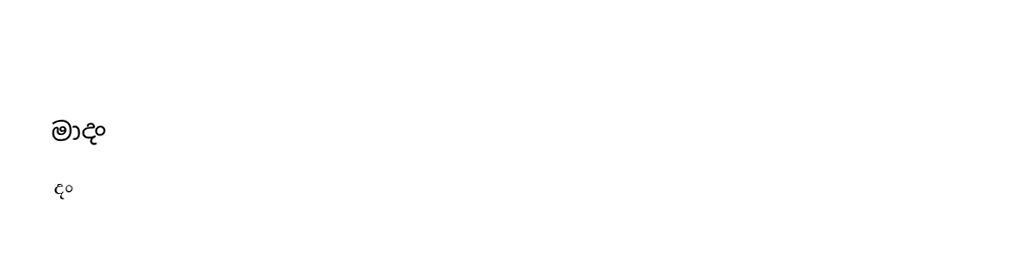
මාදං
 දං